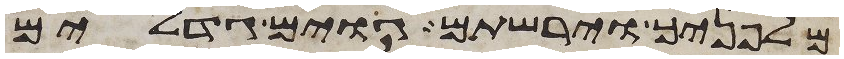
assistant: מלפניך וירשתם גוים גדלים